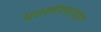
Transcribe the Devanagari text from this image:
प्रश्नोत्तरांतून